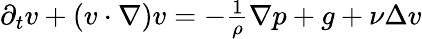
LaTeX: \begin{array}{r}{\partial_{t}v+(v\cdot\nabla)v=-\frac{1}{\rho}\nabla p+g+\nu\Delta v}\end{array}